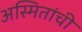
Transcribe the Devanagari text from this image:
अस्मितांची